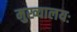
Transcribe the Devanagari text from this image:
मुख्यालयः